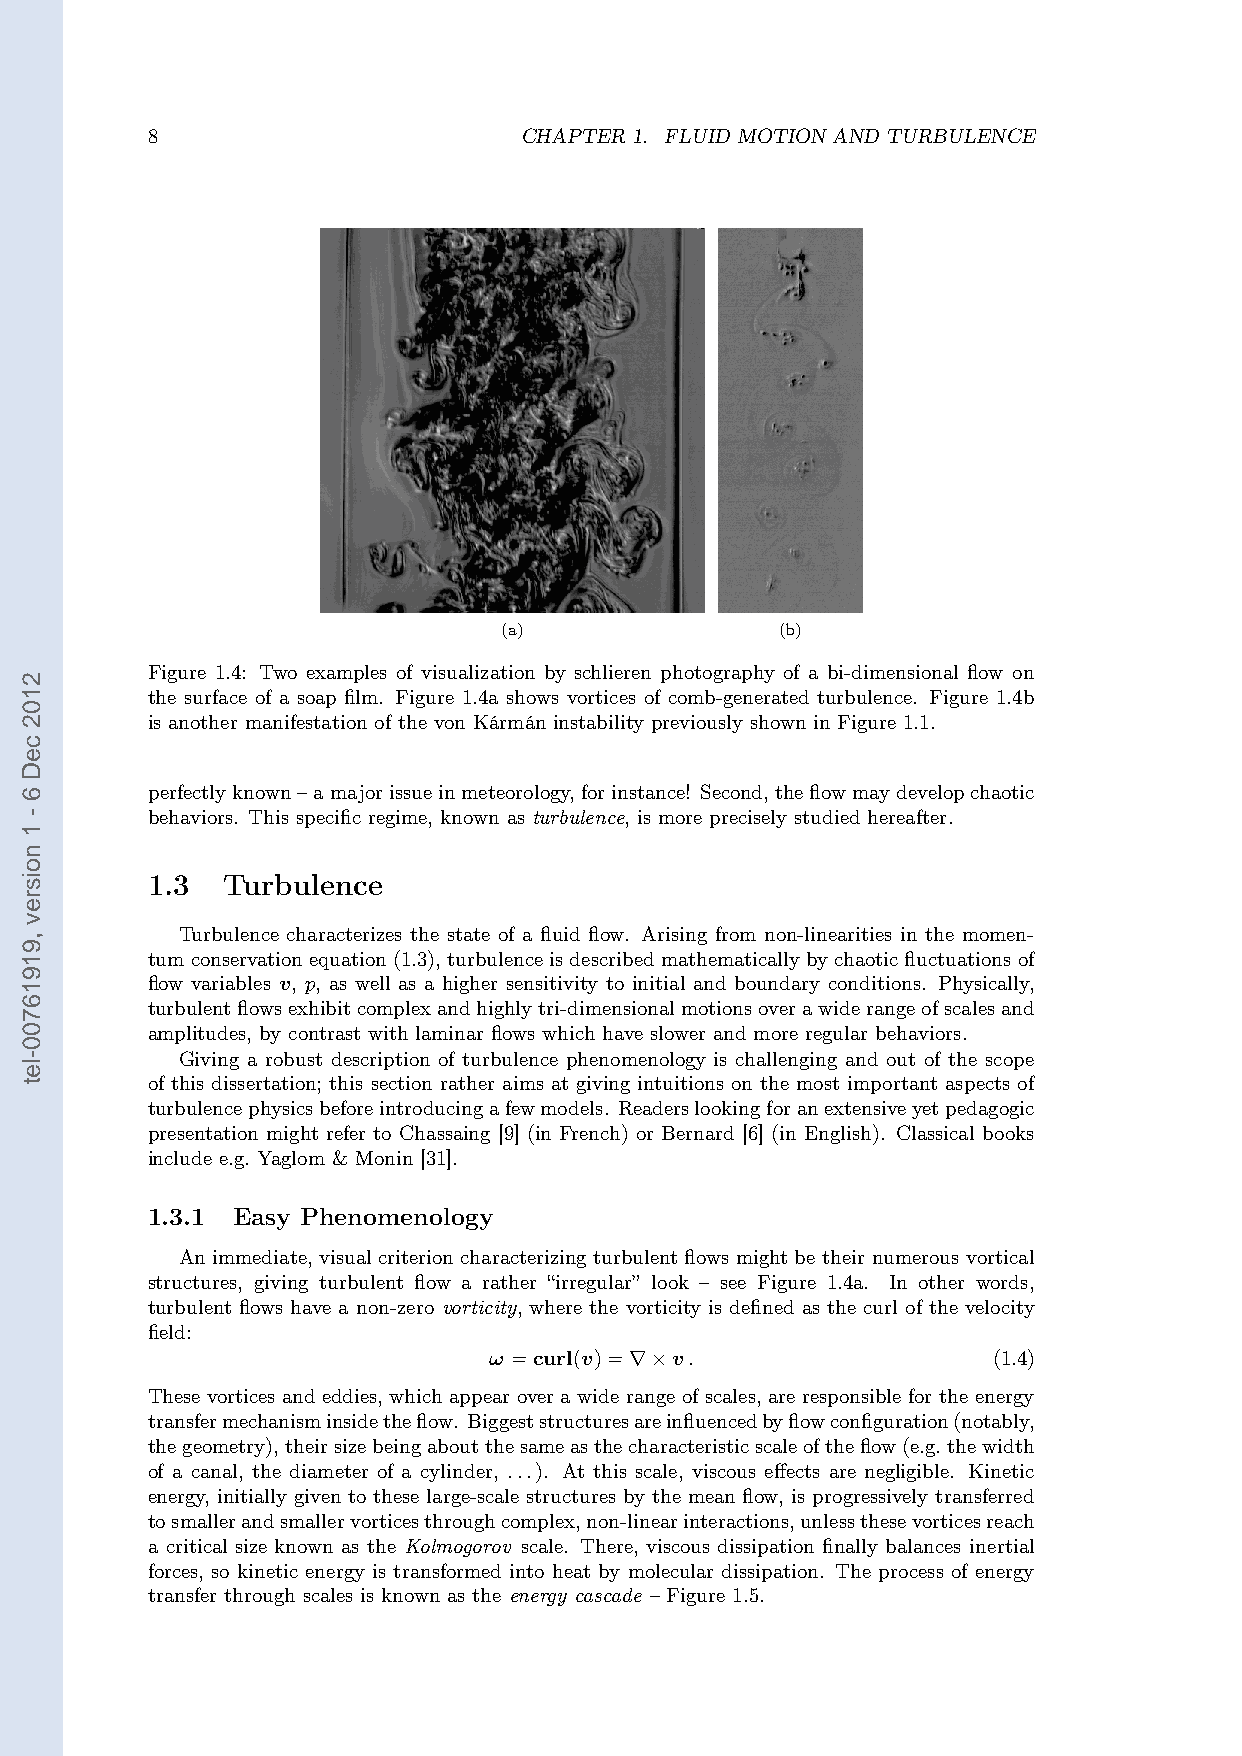
8                       CHAPTER 1. FLUID MOTION AND TURBULENCE
 (a)                (b)
 Figure 1.4: Two examples of visualization by schlieren photography of a bi-dimensional flow on
 the surface of a soap film. Figure 1.4a shows vortices of comb-generated turbulence. Figure 1.4b
 is another manifestation of the von Kármán instability previously shown in Figure 1.1.
 perfectlyknown–amajorissueinmeteorology,forinstance! Second,theflowmaydevelopchaotic
 behaviors. This specific regime, known as turbulence, is more precisely studied hereafter.
 1.3  Turbulence
 Turbulence characterizes the state of a fluid flow. Arising from non-linearities in the momen-
 tumconservationequation(1.3), turbulenceisdescribedmathematicallybychaoticfluctuationsof
 flow variables v, p, as well as a higher sensitivity to initial and boundary conditions. Physically,
 turbulentflowsexhibitcomplexandhighlytri-dimensionalmotionsoverawiderangeofscalesand
 amplitudes, by contrast with laminar flows which have slower and more regular behaviors.
 Giving a robust description of turbulence phenomenology is challenging and out of the scope
 of this dissertation; this section rather aims at giving intuitions on the most important aspects of
 turbulencephysicsbeforeintroducingafewmodels. Readerslookingforanextensiveyetpedagogic
 presentation might refer to Chassaing [9] (in French) or Bernard [6] (in English). Classical books
 include e.g. Yaglom & Monin [31].
 1.3.1 Easy Phenomenology
 An immediate, visual criterion characterizing turbulent flows might be their numerous vortical
 structures, giving turbulent flow a rather “irregular” look – see Figure 1.4a. In other words,
 turbulent flows have a non-zero vorticity, where the vorticity is defined as the curl of the velocity
 field:
 ω =curl(v)= v.                    (1.4)
 ∇×
 These vortices and eddies, which appear over a wide range of scales, are responsible for the energy
 transfermechanisminsidetheflow. Biggeststructuresareinfluencedbyflowconfiguration(notably,
 thegeometry),theirsizebeingaboutthesameasthecharacteristicscaleoftheflow(e.g.thewidth
 of a canal, the diameter of a cylinder, ...). At this scale, viscous effects are negligible. Kinetic
 energy, initially given to these large-scale structures by the mean flow, is progressively transferred
 tosmallerandsmallervorticesthroughcomplex,non-linearinteractions,unlessthesevorticesreach
 a critical size known as the Kolmogorov scale. There, viscous dissipation finally balances inertial
 forces, so kinetic energy is transformed into heat by molecular dissipation. The process of energy
 transfer through scales is known as the energy cascade – Figure 1.5.
 2102
 ceD
 6
 -
 1
 noisrev
 ,91916700-let